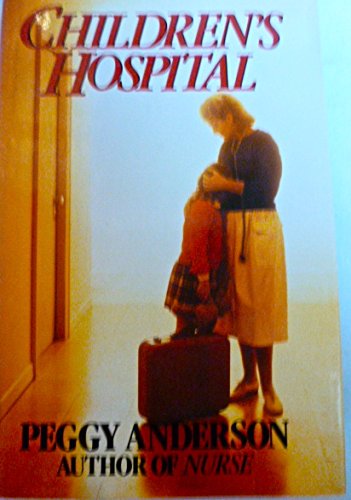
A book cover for Children's Hospital; Peggy Anderson; Health, Fitness & Dieting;